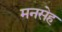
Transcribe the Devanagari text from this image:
मनसेह